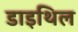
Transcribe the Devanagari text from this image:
डाइथिल